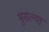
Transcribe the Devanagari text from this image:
भुसल्या